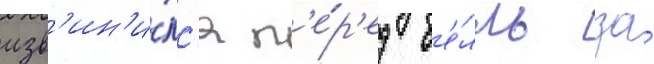
изв'ин'и́лс'я п'е́р'ед б'е́лль за́